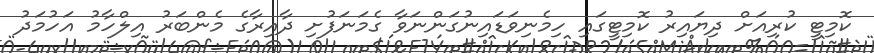
ކޮމިޓީ ކުރިއަށް ދިޔައިރު ކޮމިޓީގައި ހިމެނިވަޑައިނުގަންނަވާ ގެމަނަފުށި ދާއިރާގެ މެންބަރު އިލްހާމު އަހުމަދު